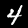
Digit: 4